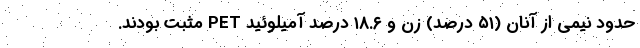
حدود نیمی از آنان (۵۱ درصد) زن و ۱۸.۶ درصد آمیلوئید PET مثبت بودند.